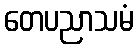
တေပညာသမံ